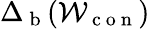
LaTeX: \Delta_{\mathrm{~b~}}(\mathcal{W}_{\mathrm{~c~o~n~}})